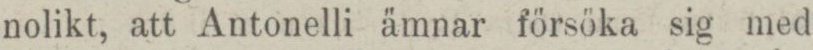
nolikt, att Antonelli ämnar försöka sig med